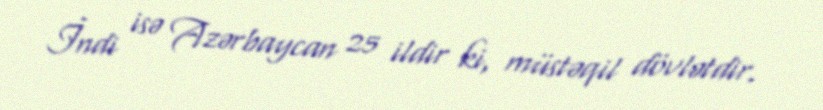
İndi isə Azərbaycan 25 ildir ki, müstəqil dövlətdir.